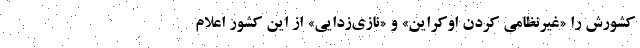
کشورش را «غیرنظامی کردن اوکراین» و «نازی‌زدایی» از این کشور اعلام